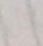
كل